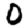
Digit: 0